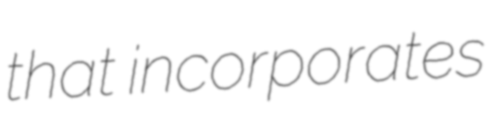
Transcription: that incorporates